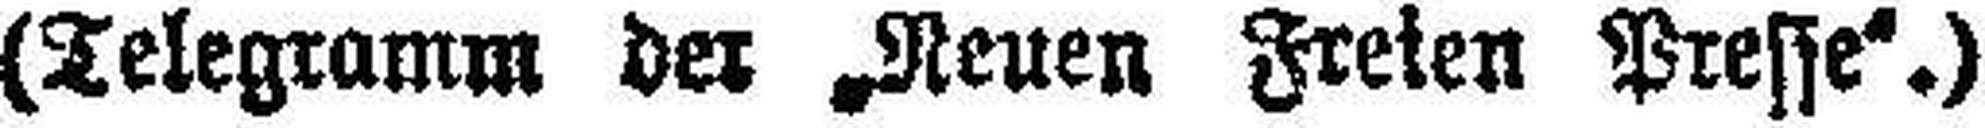
(Telegramm der „Neuen Freien Presse“.)